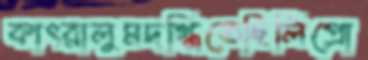
কাৎরালুমদগ্ধিতেছিলিপ্রো